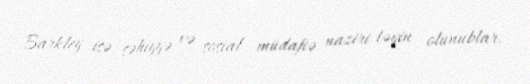
Barkley isə səhiyyə və sosial müdafiə naziri təyin olunublar.